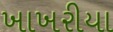
ખાખરીયા